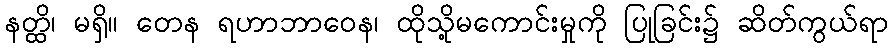
နတ္ထိ၊ မရှိ။ တေန ရဟာဘာဝေန၊ ထိုသို့မကောင်းမှုကို ပြုခြင်း၌ ဆိတ်ကွယ်ရာ